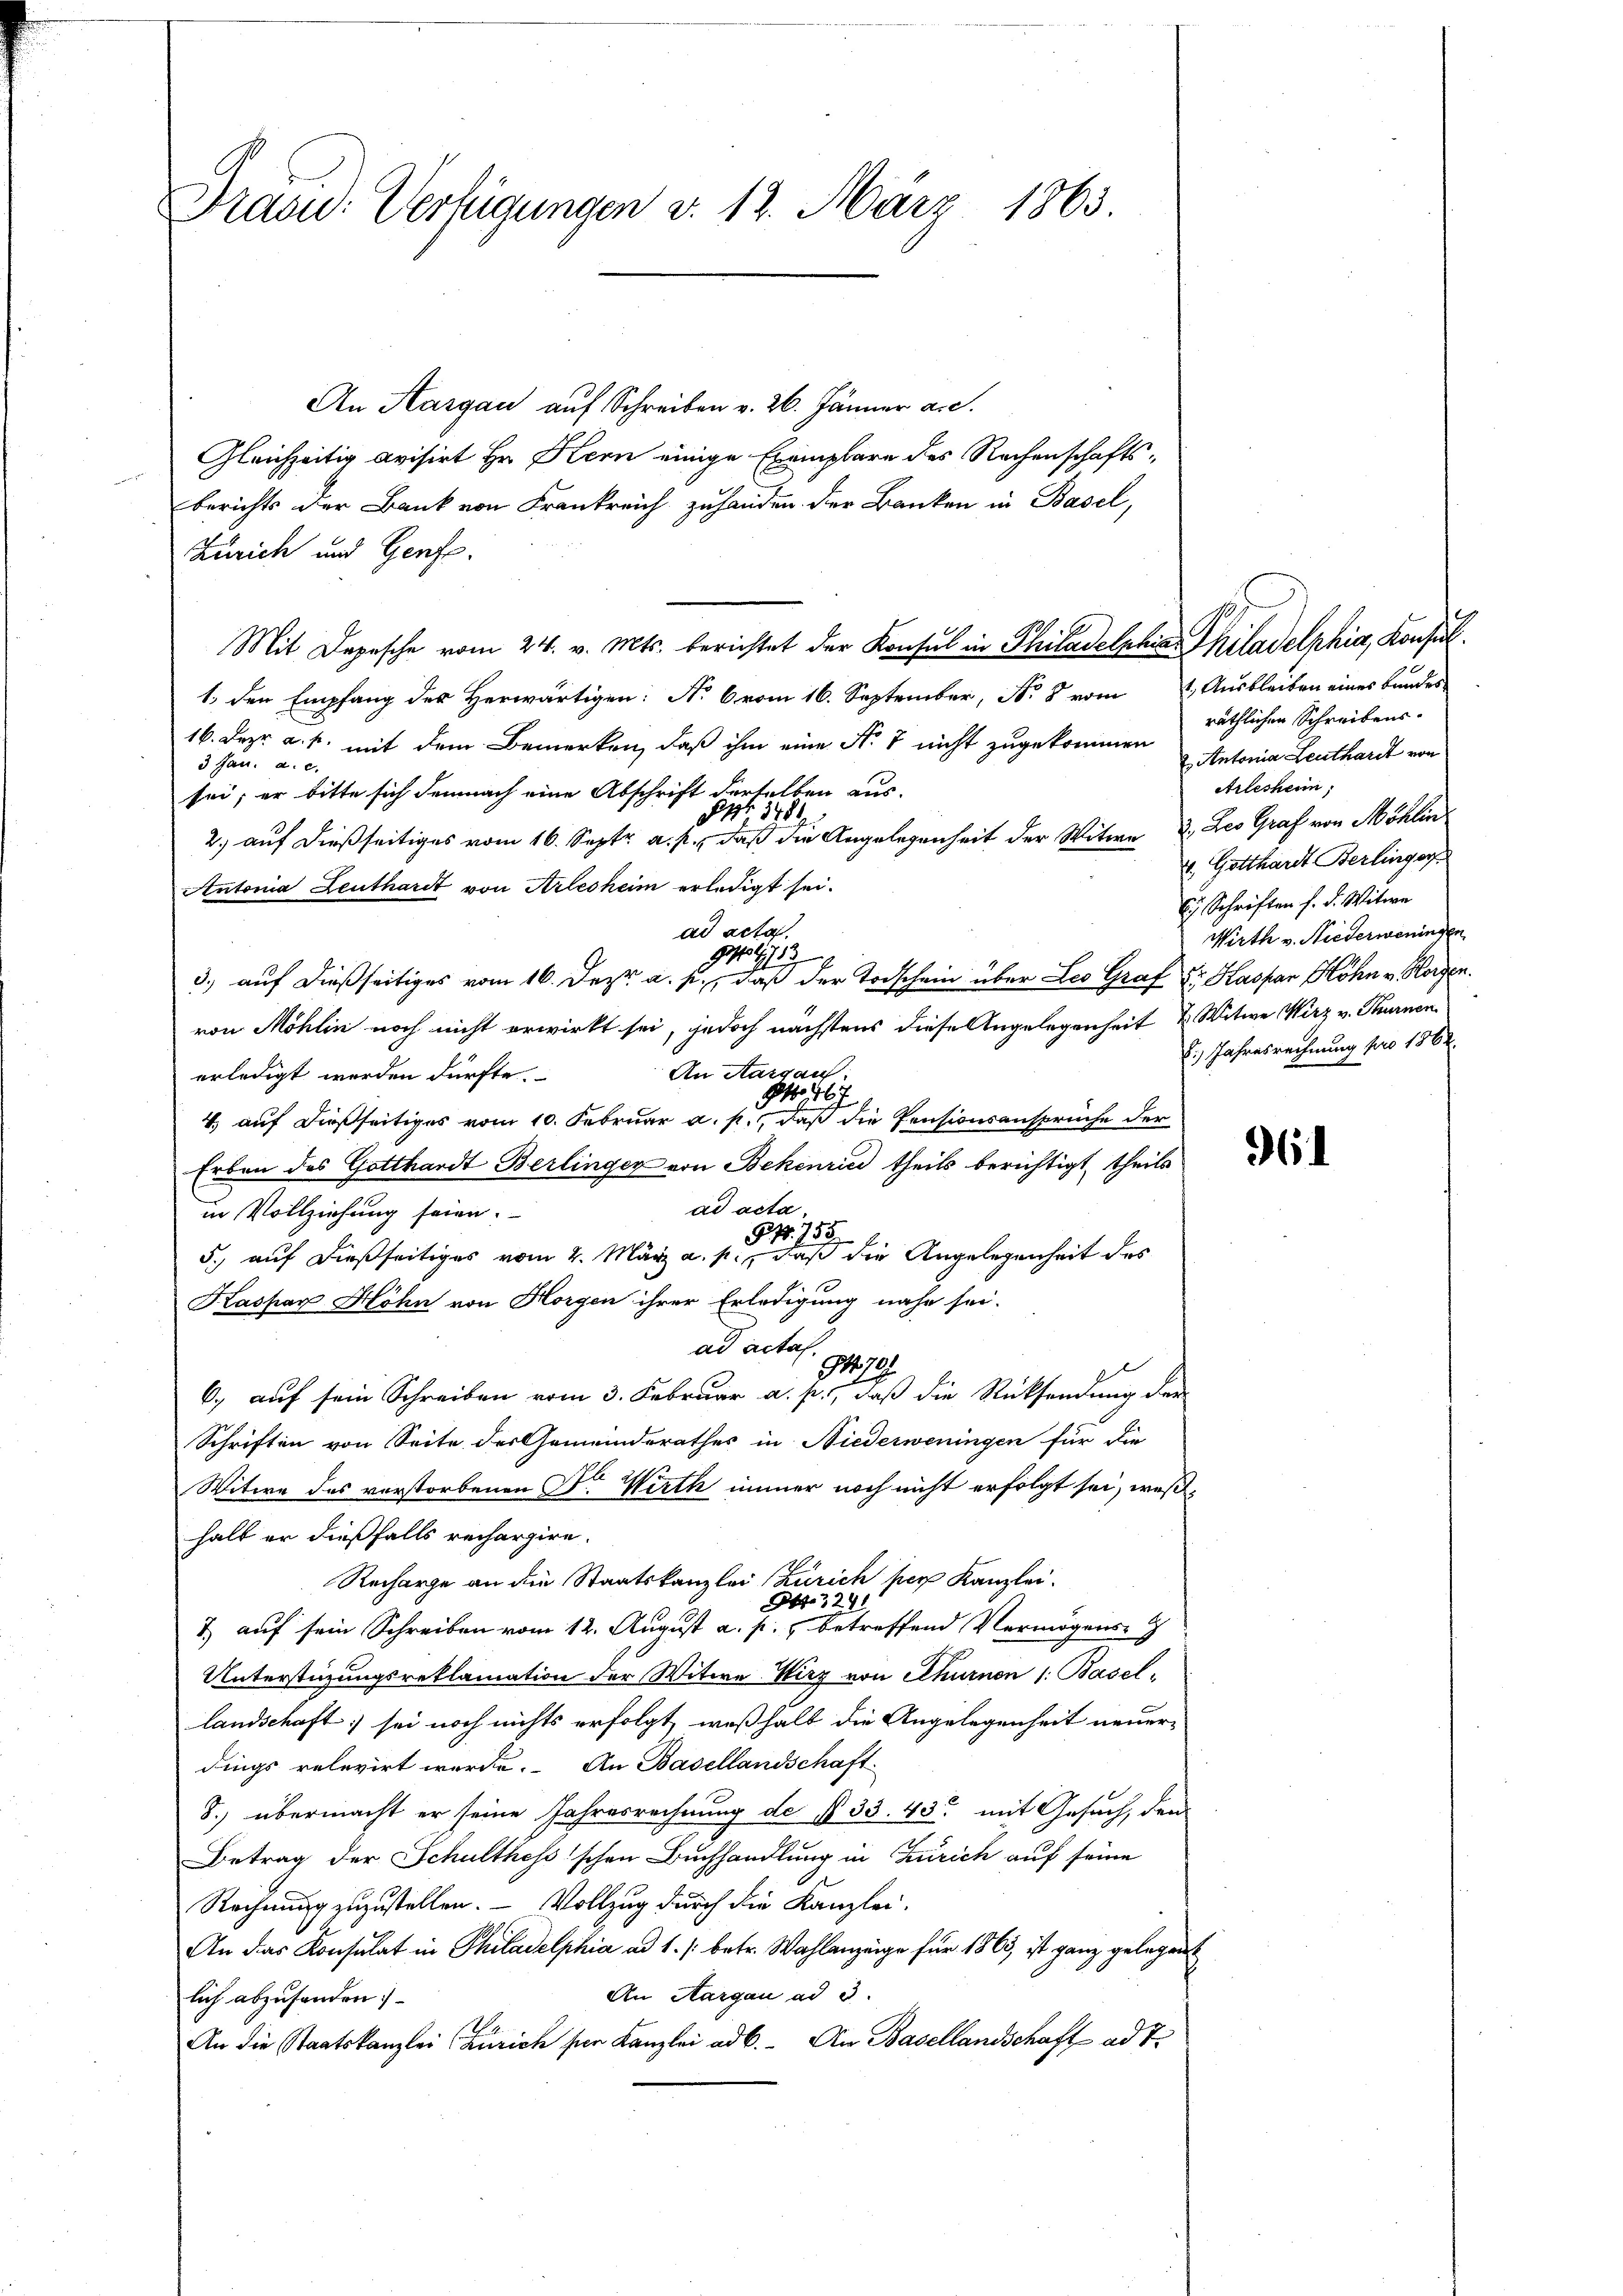
An Aargau auf Schreiben v. 26. Jänner a.c.
Gleichzeitig avisirt Hr. Kern einige Exemplare des Rechenschafts-
berichts der Bank von Frankreich zu handen der Banken in Basel,
Zürich und Genfe
Mit Depesche vom 24. v. Mts. berichtet der Konsul in Philadelphia Philadelphia, Konsul
1. den Empfang des Herwärtigen: No 6 vom 16. September, No 8 vom 1. Ausbleiben eines Bundes
16. Dezr. a. u. mit dem Bemerken, daß ihm eine Nr. 7 nicht zugekommen Antonia Leuthardt von
3 Jan. a. c.
sei; er bitte sich demnach eine Abschrift derselben aus-
Pnr 1781
2. auf dießseitiges vom 16. Sept. a. p., daß die Angelegenheit der Witwe 2. Leo Graf von Möhlin
Antonia Leuthardt von Arlesheim erledigt sei.
ad acta.
grätz
3.) auf dießseitiges vom 16. Jezt a. p., daß der Todschein über Leo Graf Fr. Kaspar Höhn v. Horgen.
von Möhlin noch nicht erwirkt sei, jedoch nächstens diese Angelegenheit u Witwe Wirz v. Thurnen¬
An Aargau.
erledigt werden dürfte.
 67
4. auf dießseitiges vom 10. Februar a. p., daß die Pensionsansprüche der
Erben des Gotthardt Berlinger von Bekenrici theils berichtigt, theils
ad acta.
in Vollziehung seien.
Nr. 755
5., auf dießseitiges vom 4. März a. p., daß die Angelegenheit des
Kaspar Höhn von Horgen ihrer Erledigung nahe sei-
ad acta.
70.
6, auf sein Schreiben vom 3. Februar a. p., daß die Rücksendung der
Schriften von Seite des Gemeinderathes in Niederweningen für die
Witwe des verstorbenen Fr. Wirth immer noch nicht erfolgt sei, weßhalb er dießfalls rechargire.
Recharge an die Staatskanzlei (Zürich per Kanzlei-
No 3291
3
& auf sein Schreiben vom 12. August a. p. betreffend Vermögens-
Unterstüzungsreklamation der Witwe Wirz von Churnen 1. Basel,
landschaft sei noch nichts erfolgt, weßhalb die Angelegenheit neuerdings relevirt werde. An Basellandschaft
S. übermacht er seine Jahresrechnung de § 33. 43 mit Gesuch, den
Betrag der Schulthess'schen Buchhandlung in Zürich auf seine
Rechnung zuzustellen. — Vollzug durch die Kanzlei-
An das Konsulat in Philadelphia ad 1. /: betr. Wahlanzeige für 1863, ist ganz gelegen
An Aargau ad 3.
lich abzusenden;
An die Staatskanzlei Zürich für Kanzlei ad 6. An Basellandschaft ad 1.

Fras: Verfügungen d. 12. März 1863.

räthlichen Schreibens-
Arlesheim,
v. Gotthardt Berlinger
C Schriften h. d. Witwe
6.) Jahresrechnung pro 1862.

961

Wirth v. Niederweningen